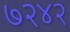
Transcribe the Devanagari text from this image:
७२४२